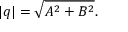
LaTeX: | q | = { \sqrt { A ^ { 2 } + B ^ { 2 } } } .